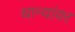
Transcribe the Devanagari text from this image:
धान्यांवर